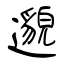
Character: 邈